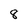
Character: 8